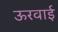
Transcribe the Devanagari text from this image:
ऊरवाई